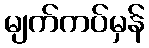
မျက်ကပ်မှန်